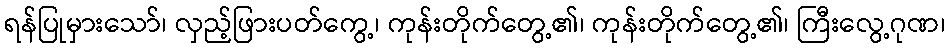
ရန်ပြုမှားသော်၊ လှည့်ဖြားပတ်ကွေ့၊ ကုန်းတိုက်တွေ့၏၊ ကုန်းတိုက်တွေ့၏၊ ကြီးလွေ့ဂုဏ၊